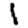
Digit: 1